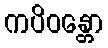
ကပိဝန္တော